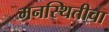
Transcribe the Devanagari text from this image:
मनस्थितीचा